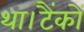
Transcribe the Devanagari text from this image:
था।टैंकों